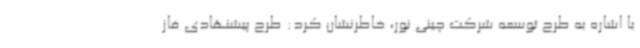
با اشاره به طرح توسعه شرکت چینی نور، خاطرنشان کرد: طرح پیشنهادی فاز